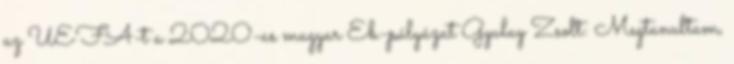
az UEFA-t a 2020-as magyar Eb-pályázat Gyulay Zsolt: Megtanultam,